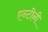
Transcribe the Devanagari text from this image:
एन्टीनी